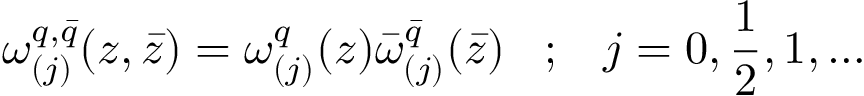
\omega _ { ( j ) } ^ { q , \bar { q } } ( z , \bar { z } ) = \omega _ { ( j ) } ^ { q } ( z ) \bar { \omega } _ { ( j ) } ^ { \bar { q } } ( \bar { z } ) \; \; \; ; \; \; \; j = 0 , \frac { 1 } { 2 } , 1 , \ldots